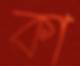
কা